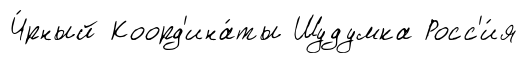
Ч́рный Коорд'ина́ты Шудумка Росс'и́я